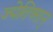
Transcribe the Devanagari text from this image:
ज्येतिष्मान्